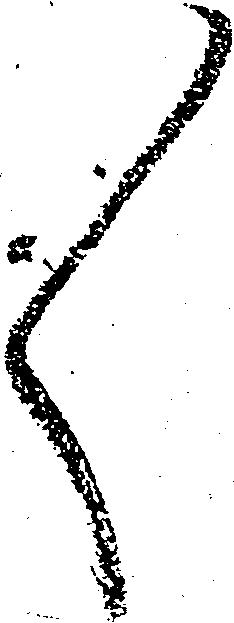
々